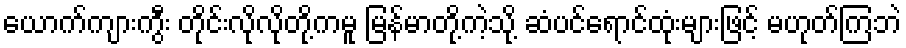
ယောက်ကျားကွီး တိုင်းလိုလိုတို့ကမူ မြန်မာတို့ကဲ့သို့ ဆံပင်ရောင်ထုံးများဖြင့် မဟုတ်ကြဘဲ